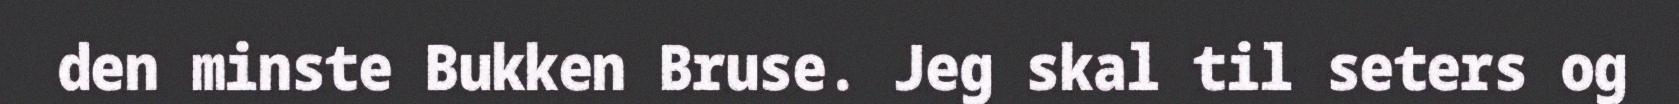
den minste Bukken Bruse. Jeg skal til seters og